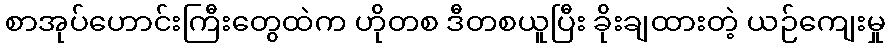
စာအုပ်ဟောင်းကြီးတွေထဲက ဟိုတစ ဒီတစယူပြီး ခိုးချထားတဲ့ ယဉ်ကျေးမှု